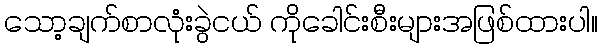
သော့ချက်စာလုံးခွဲငယ် ကိုခေါင်းစီးများအဖြစ်ထားပါ။